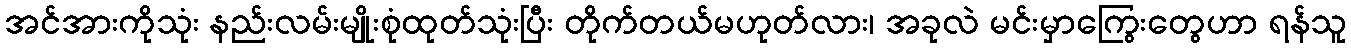
အင်အားကိုသုံး နည်းလမ်းမျိုးစုံထုတ်သုံးပြီး တိုက်တယ်မဟုတ်လား၊ အခုလဲ မင်းမှာကြွေးတွေဟာ ရန်သူ